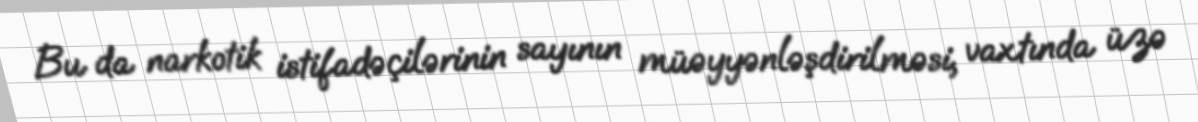
Bu da narkotik istifadəçilərinin sayının müəyyənləşdirilməsi, vaxtında üzə